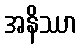
အနိဿာ